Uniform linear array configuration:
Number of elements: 8
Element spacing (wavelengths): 1
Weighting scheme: cosine
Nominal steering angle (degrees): -15
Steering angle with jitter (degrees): -15.926
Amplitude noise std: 0.05
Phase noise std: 0.05

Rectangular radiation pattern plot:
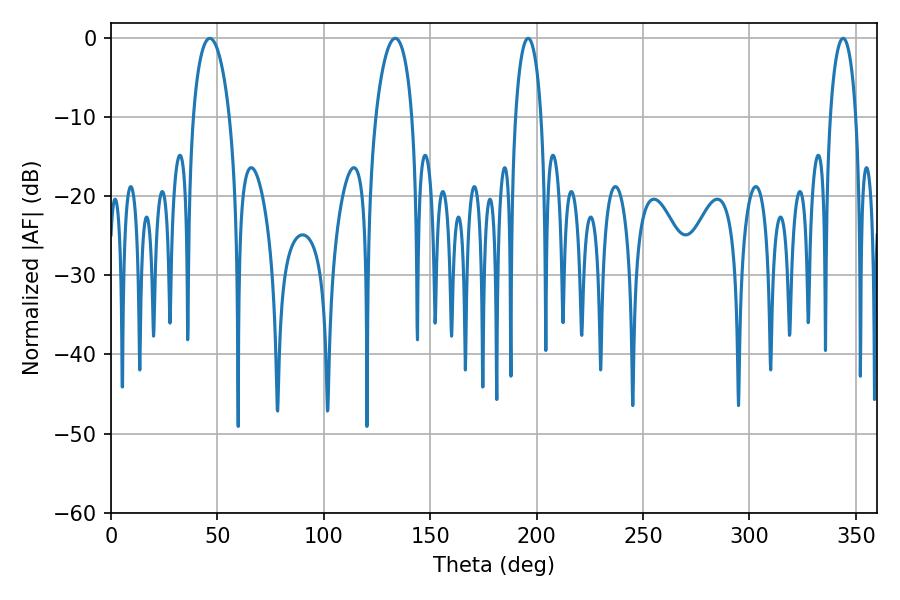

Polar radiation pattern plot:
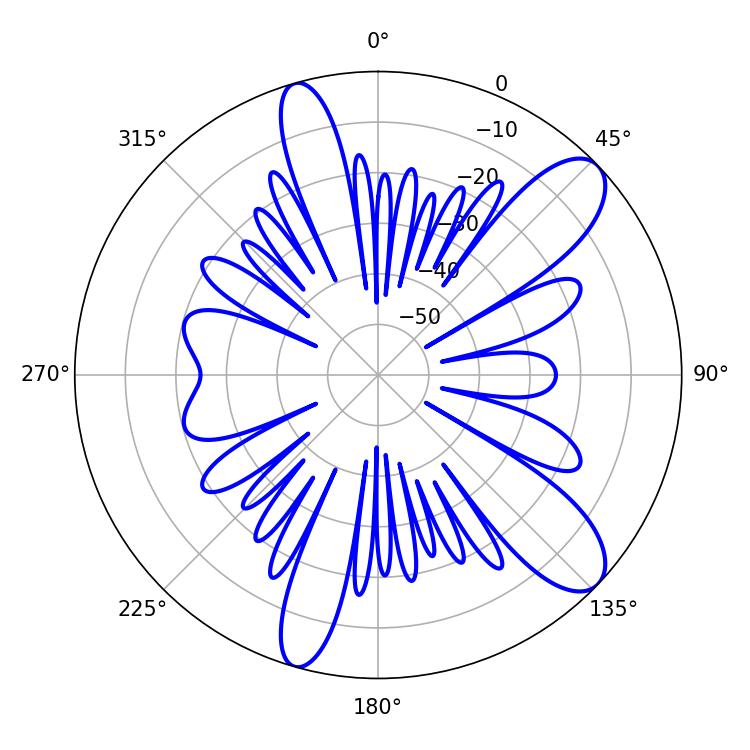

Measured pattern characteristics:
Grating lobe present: TRUE
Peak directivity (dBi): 10.253
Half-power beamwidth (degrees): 9.72
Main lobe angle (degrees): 46.44